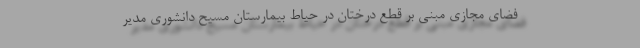
فضای مجازی مبنی بر قطع درختان در حیاط بیمارستان مسیح دانشوری مدیر